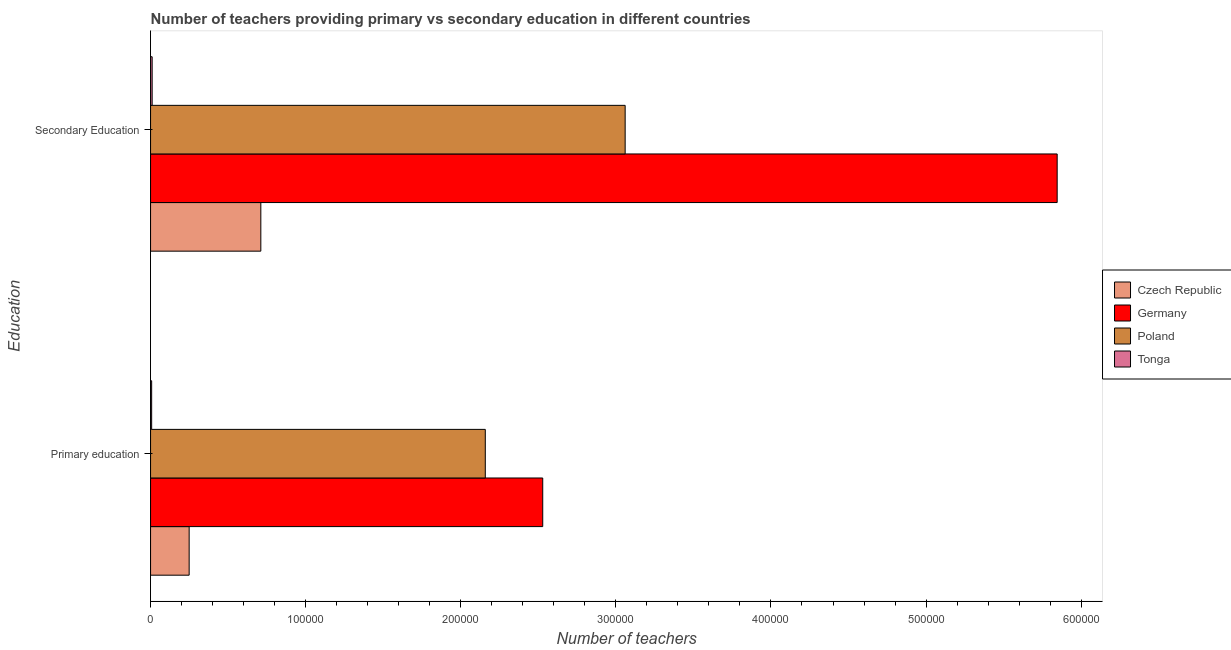
| Education | Czech Republic | Germany | Poland | Tonga |
 | --- | --- | --- | --- | --- |
 | Primary education | 2.49e+04 | 2.53e+05 | 2.16e+05 | 706 |
 | Secondary Education | 7.11e+04 | 5.85e+05 | 3.06e+05 | 1.02e+03 |